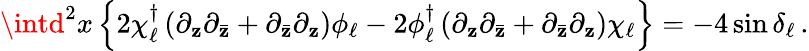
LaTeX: \intd^{2}x\left\{ 2\chi_{\ell}^{\dagger}\left(\partial_{\mathbf{z}}\partial_{\bar{{\mathbf{z}}}}+\partial_{\bar{{\mathbf{z}}}}\partial_{\mathbf{z}}\right)\phi_{\ell}-2\phi_{\ell}^{\dagger}\left(\partial_{\mathbf{z}}\partial_{\bar{{\mathbf{z}}}}+\partial_{\bar{{\mathbf{z}}}}\partial_{\mathbf{z}}\right)\chi_{\ell}\right\} =-4\sin\delta_{\ell}\, .